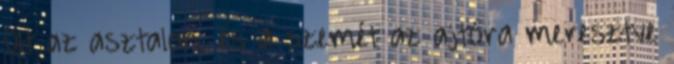
ült az asztalon, és a szemét az ajtóra meresztve